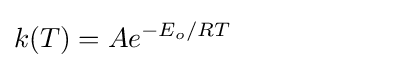
k(T)=Ae^{-E_{o}/RT}\qquad \qquad \qquad